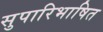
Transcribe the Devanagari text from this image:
सुपारिभाषित